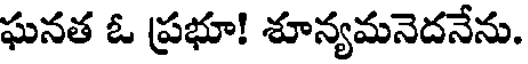
ఘనత ఓ ప్రభూ! శూన్యమనెదనేను.